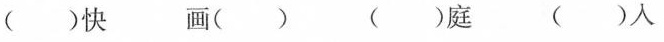
（）快 画（） （）庭 （）人